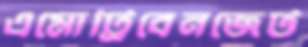
এমোট্রিবেনজেট